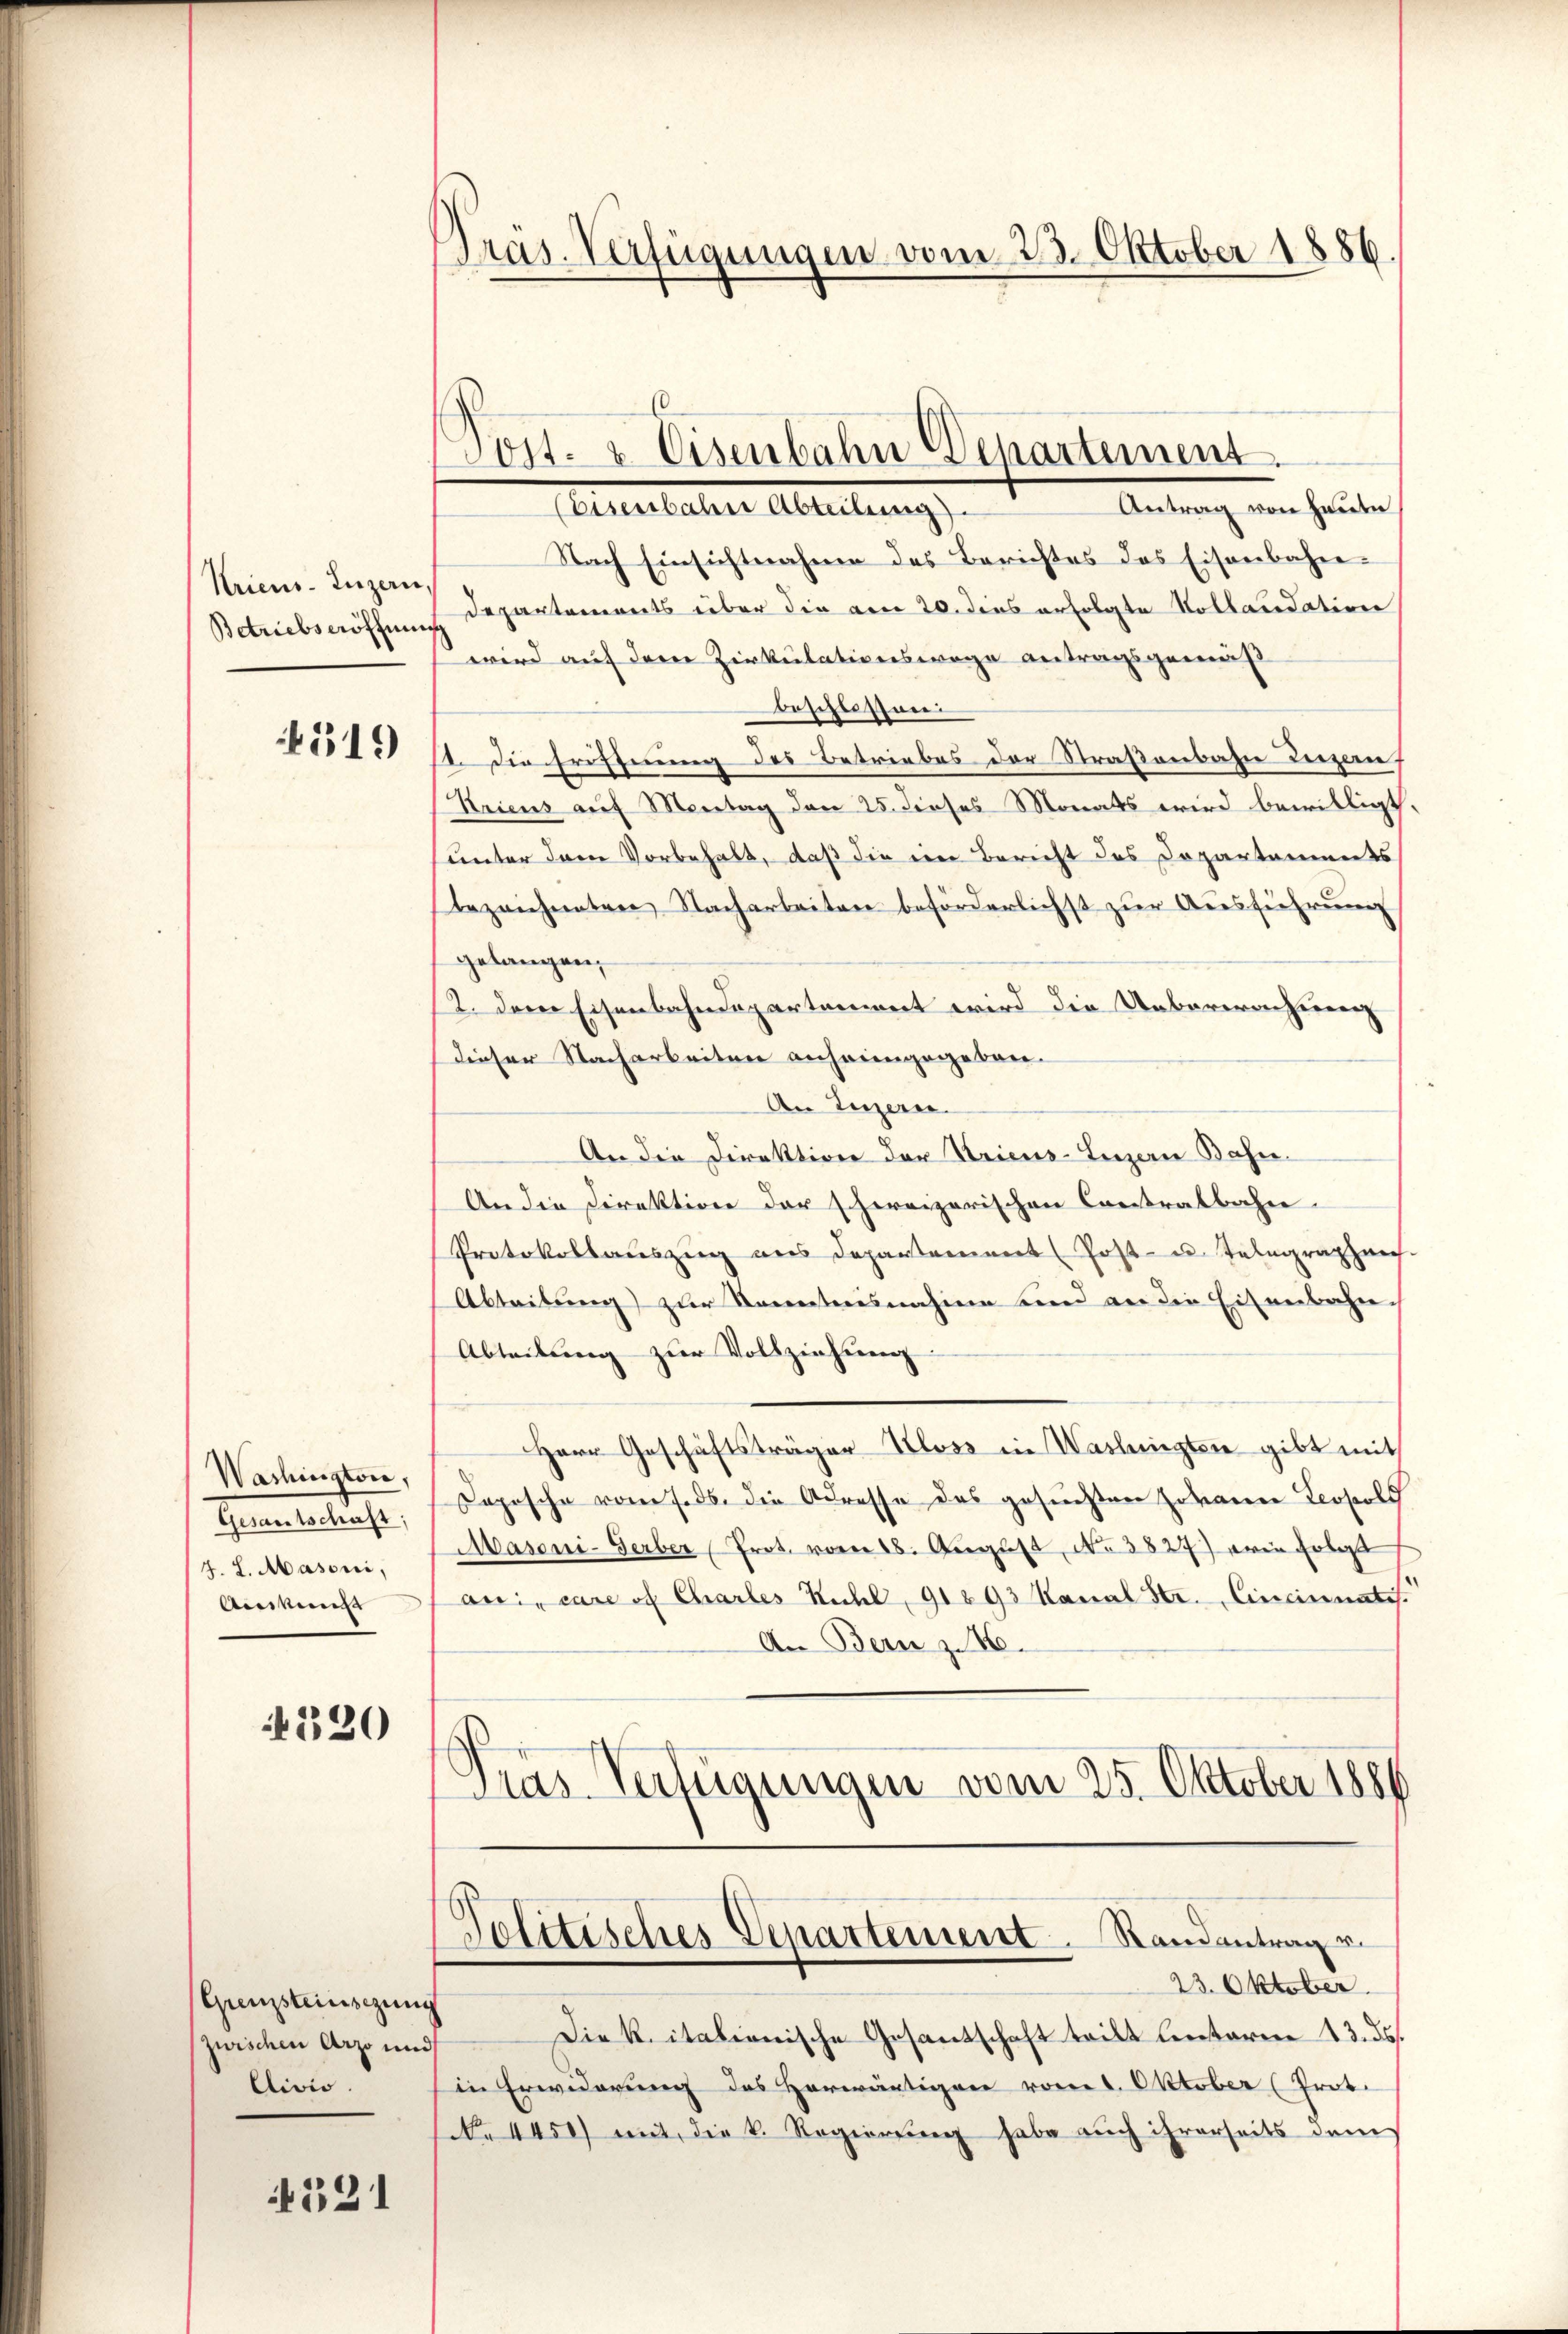
Ariens. Luzern,
Betriebseröffnung

319

Nach Einsichtnahme des Berichtes das Eisenbahne
Departements über die am 20. dies erfolgte Kollaudation
wird auf derer Zirkulationswege antragsgemäß
beschlossene
I. Die Eröffnung des Betriebes der Straßenbahn Luzern,
Kricus auf Montag den 25. dieses Monats wird bewilligt.
unter dem Vorbehalt, daß die ein Bericht des Departaments
bezeichneten Nacharbeiten beförderlichst zur Ausführung
gelangen,
12. Der Eisenbahndepartenwert wird die Unbarerenzung
dieser Nacharbeiten anheimgegeben.
An Luzern.
An die Direktion der Kricus-Luzern Bahn¬
An die Direktion der schereizerischen Contralbahn.
Protokollauszug aus Departement (Post- u. Telegraphne.
Abteitung) zur Kenntensnahme sind an die Eisenbahn¬
Abteilung zur Vollziehung
Herr Geschäftsträger Kloss in Washingten gibt mit
Copische vom Feds, die Adresse das gesuchten Johann Leopols
Masoni-Gerber Prot. vom 18. August, No 3827) ein folgt
ani, care of Chartes Kuchl, 91893 Kanal Sr. Eineinnates.
An Bern z. B.
Pras. Verfügungen vom 25. Oktober 1881

Washington,
Gernen betrache,
J. L. Masoni,
Aes

4320

(Grenzsteinsezung
zwischen Arzt und
Clivio.

131

Pras. Verfügungen vom 23. Oktober 1886.

Post- & Eisenbahn Departement.
Antrag von Heute
(Eisenbahne Abteilung

Politisches Departement. Randantrag u.
23. Oktober

Die k. italienische Gesantschaft teilt lentaren 13. ds.
in Erwiderung des Horwärtigen vom 1. Oktober (Prot.
(No 4450) mit die k. Regierung habe auch ihrerseits dems